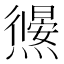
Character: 𭶜